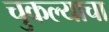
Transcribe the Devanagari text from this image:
चुकल्याचा